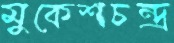
মুকেশচন্দ্র